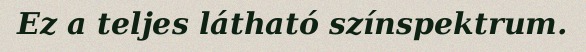
Ez a teljes látható színspektrum.